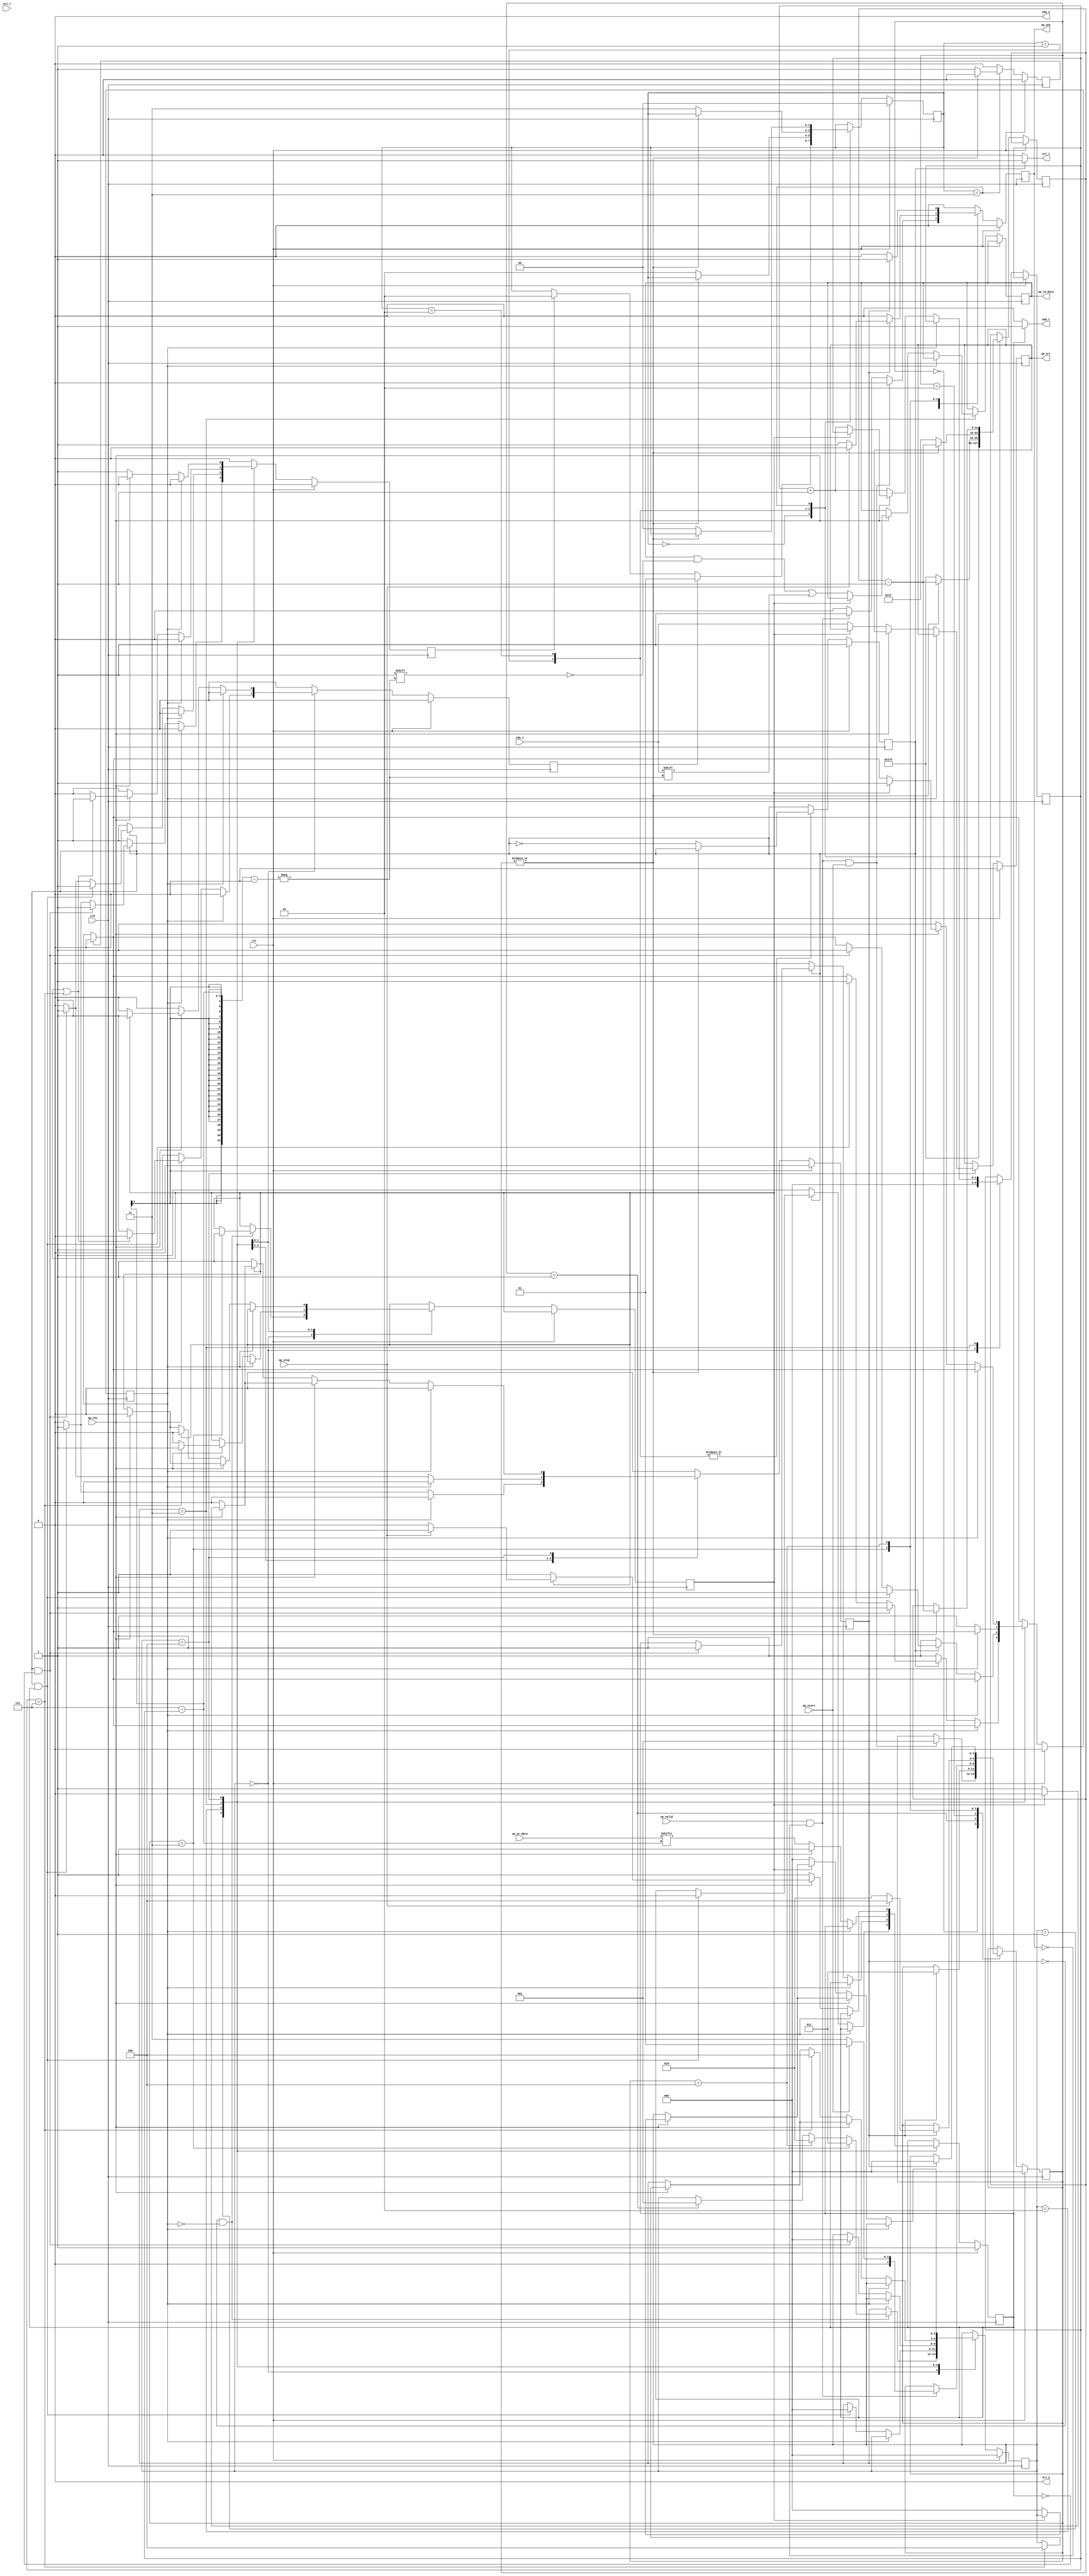
`timescale 1ns/1ps
module miic_ops #(
    parameter IIC_FREQ  = 100,
    parameter CORE_FREQ = 100000
  ) (
    input        clk,
    input        rst,
    input        op_valid,
    input        op_start,
    input        op_stop,
    input        op_rnw,
    input  [7:0] op_wr_data,
    output [7:0] op_rd_data,
    output       op_ack,
    output       op_err,

    output       sda_o,
    input        sda_i,
    output       sda_t,

    output       scl_o,
    input        scl_i,
    output       scl_t
  );

  reg [2:0] iic_state;
  localparam IIC_IDLE  = 0;
  localparam IIC_START = 1;
  localparam IIC_RUN   = 2;
  localparam IIC_DATA  = 3;
  localparam IIC_STOP  = 4;

  wire send_start;
  wire send_stop;
  wire send_data;

  wire done_start;
  wire done_stop;
  wire done_data;

  reg op_ack_reg;
  assign op_ack = op_ack_reg;

  always @(posedge clk) begin
    op_ack_reg <= 1'b0;

    if (rst) begin
      iic_state <= IIC_IDLE;
    end else begin
      case (iic_state)
        IIC_IDLE: begin
          if (op_valid && !op_ack_reg && op_start) begin
            iic_state <= IIC_START;
          end else if (op_valid && !op_ack_reg) begin
            op_ack_reg <= 1'b1;
          end
        end
        IIC_START: begin
          if (done_start) begin
            iic_state <= IIC_DATA;
          end
        end
        IIC_RUN: begin
          if (op_valid && !op_ack_reg) begin
            if (op_start) begin
              iic_state <= IIC_START;
            end else begin
              iic_state <= IIC_DATA;
            end
          end
        end
        IIC_DATA: begin
          if (done_data) begin
            if (op_stop) begin
              iic_state  <= IIC_STOP;
            end else begin
              op_ack_reg <= 1'b1;
              iic_state  <= IIC_RUN;
            end
          end
        end
        IIC_STOP: begin
          if (done_stop) begin
            op_ack_reg <= 1'b1;
            iic_state  <= IIC_IDLE;
          end
        end
      endcase
    end
  end

  assign send_start = iic_state == IIC_START;
  assign send_stop  = iic_state == IIC_STOP;
  assign send_data  = iic_state == IIC_DATA;

  /*********** 8 *************/

  wire clk_done;

  reg sda_o_reg;
  reg scl_o_reg;
  reg op_err_reg;

  reg [7:0] op_rd_data_reg;
  assign op_rd_data = op_rd_data_reg;

  reg [2:0] bit_state;
  localparam BIT_IDLE  = 0;
  localparam BIT_START = 1;
  localparam BIT_STOP  = 2;
  localparam BIT_DATA  = 3;
  localparam BIT_ACK   = 4;

  reg bit_first;
  reg [2:0] bit_index;

  reg issue_full_clk;
  reg issue_half_clk;
  reg clk_pend;

  reg bit_done;

  always @(posedge clk) begin
    bit_done <= 1'b0;

    issue_full_clk <= 1'b0;
    issue_half_clk <= 1'b0;

    if (clk_done)
      clk_pend <= 1'b0;

    if (rst) begin
      bit_state <= BIT_IDLE;
      clk_pend <= 1'b0;
      op_err_reg <= 1'b0;
      sda_o_reg <= 1'b1;
    end else begin
      case (bit_state)
        BIT_IDLE: begin
          bit_index <= 0;
          if (!bit_done && !clk_pend) begin
            if (send_start) begin
              bit_state <= BIT_START;
            end
            if (send_stop) begin
              bit_state <= BIT_STOP;
            end
            if (send_data) begin
              bit_first <= 1'b1;
              bit_state <= BIT_DATA;
            end
          end
        end
        BIT_START: begin
          if (!clk_pend) begin
            if (scl_o_reg && sda_o_reg) begin
              sda_o_reg <= 1'b0;/* TODO: this will bugger up reads afters starts - need to release after clk_done*/
              issue_half_clk <= 1'b1; //ensure scl is '0'
              clk_pend <= 1'b1;

              bit_done <= 1'b1;
              bit_state <= BIT_IDLE;
            end
            if (scl_o_reg && !sda_o_reg) begin
              issue_half_clk <= 1'b1;
              clk_pend <= 1'b1;
            end
            if (!scl_o_reg) begin
              sda_o_reg <= 1'b1;
              issue_half_clk <= 1'b1;
              clk_pend <= 1'b1;
            end
          end
        end
        BIT_STOP: begin
          if (!clk_pend) begin
            if (scl_o_reg && !sda_o_reg) begin
              sda_o_reg <= 1'b1;

              issue_half_clk <= 1'b1;
              clk_pend <= 1'b1;

              bit_done <= 1'b1;
              bit_state <= BIT_IDLE;
            end
            if (scl_o_reg && sda_o_reg) begin
              issue_half_clk <= 1'b1;
              clk_pend <= 1'b1;
            end
            if (!scl_o_reg) begin
              sda_o_reg <= 1'b0;
              issue_half_clk <= 1'b1;
              clk_pend <= 1'b1;
            end
          end
        end
        BIT_DATA: begin
          if (!clk_pend) begin
            if (op_rnw) begin
              sda_o_reg <= 1'b1;
              bit_first <= 1'b0;

              if (bit_first || bit_index == 3'b111) begin 
                /* In the case of first bit we must issue a half clock cycle
                   for scl to go from just after negedge to just after posedge 
                   so we sample the read data safely */
                /* In the case of final bitindex we must issue a half clock cycle
                   for scl to go from just after posedge to just after negedge so we are ready
                   to output data */
                issue_half_clk <= 1'b1;
              end else begin
                issue_full_clk <= 1'b1;
              end

              clk_pend <= 1'b1;

              if (bit_index == 3'b111) begin
                bit_state <= BIT_ACK;
                bit_first <= 1'b1;
              end

              if (!bit_first) begin
                bit_index <= bit_index + 1;
                op_rd_data_reg[7 - bit_index] <= sda_i;
              end
            end

            if (!op_rnw) begin
              sda_o_reg <= op_wr_data[7 - bit_index];
              bit_index <= bit_index + 1;

              issue_full_clk <= 1'b1;
              clk_pend <= 1'b1;

              bit_index <= bit_index + 1;

              if (bit_index == 3'b111) begin
                bit_state <= BIT_ACK;
              end
            end
          end
        end
        BIT_ACK: begin
          if (!clk_pend) begin
            if (op_rnw) begin
              if (bit_first) begin
                if (op_stop) begin
                  sda_o_reg <= 1'b1; // Send no ack condition
                end else begin
                  sda_o_reg <= 1'b0;
                end
                issue_full_clk <= 1'b1;
                clk_pend <= 1'b1;
                bit_first <= 1'b0;
              end else begin
                sda_o_reg <= 1'b1; // ensure we give up bus after ack
                bit_done <= 1'b1;
                bit_state <= BIT_IDLE;
              end
            end
            if (!op_rnw) begin
              sda_o_reg <= 1'b1; // give up the bus, for slave to ack
              if (bit_first) begin
                bit_first <= 1'b0;
                issue_half_clk <= 1'b1; // issue half clock to get to just after posedge
                clk_pend <= 1'b1;
              end else begin
                issue_half_clk <= 1'b1; // issue half clock to get to just after negedge
                clk_pend <= 1'b1;
                op_err_reg <= sda_i;

                bit_done <= 1'b1;
                bit_state <= BIT_IDLE;
              end
            end
          end
        end
      endcase
    end
  end

  assign done_start = bit_done; 
  assign done_stop  = bit_done;
  assign done_data  = bit_done;

  assign op_err = op_err_reg;

  /*********** ***********/

  reg [31:0] bitwidth_counter;
  localparam BITWIDTH_DIV2 = (CORE_FREQ / IIC_FREQ)/2;

  reg [1:0] clk_state;
  localparam CLK_IDLE = 0;
  localparam CLK_WAIT = 3;
  localparam CLK_FULL = 1;
  localparam CLK_HALF = 2;

  reg clk_done_reg;
  assign clk_done = clk_done_reg;

  always @(posedge clk) begin
    clk_done_reg <= 1'b0;

    if (rst) begin
      scl_o_reg <= 1'b1;
      clk_state <= CLK_IDLE;
    end else begin
      case (clk_state)
        CLK_IDLE: begin
          bitwidth_counter <= BITWIDTH_DIV2;
          if (issue_half_clk)
            clk_state <= CLK_HALF;
          if (issue_full_clk)
            clk_state <= CLK_FULL;
        end
        CLK_FULL: begin
          if (|bitwidth_counter) begin
            bitwidth_counter <= bitwidth_counter - 1;
          end else begin
            bitwidth_counter <= BITWIDTH_DIV2;
            scl_o_reg <= !scl_o_reg;
            clk_state <= CLK_HALF;
          end
        end
        CLK_HALF: begin
          if (|bitwidth_counter) begin
            bitwidth_counter <= bitwidth_counter - 1;
          end else begin
            bitwidth_counter <= BITWIDTH_DIV2 >> 4;
            scl_o_reg <= !scl_o_reg;
            clk_state <= CLK_WAIT;
          end
        end
        CLK_WAIT: begin
          if (|bitwidth_counter) begin
            bitwidth_counter <= bitwidth_counter - 1;
          end else begin
            clk_state <= CLK_IDLE;
            clk_done_reg <= 1'b1;
          end
        end
      endcase
    end
  end

  /*********** ***********/

  assign sda_t = sda_o_reg ? 1'b1 : 1'b0;
  assign scl_t = scl_o_reg ? 1'b1 : 1'b0;

  assign sda_o = 1'b0; // Let the output enables do the work
  assign scl_o = 1'b0; // Let the output enables do the work


endmodule